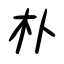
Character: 朴